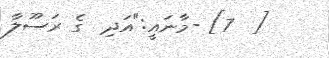
[  7] -މާނައީ:"އަދި  ގެ ރަސޫލާ